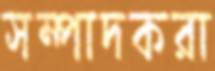
সম্পাদকরা